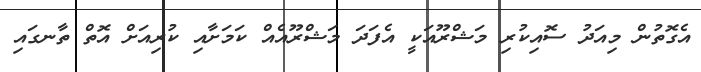
އެގޮތުން މިއަދު ސޮއިކުރި މަޝްރޫއަކީ އެފަދަ މަޝްރޫއެއް ކަމަށާއި ކުރިއަށް އޮތް ތާނގައި